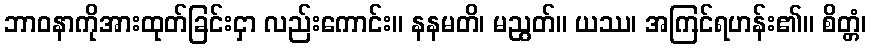
ဘာဝနာကိုအားထုတ်ခြင်းငှာ လည်းကောင်း။ နနမတိ၊ မညွတ်။ ယဿ၊ အကြင်ရဟန်း၏။ စိတ္တံ၊